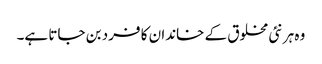
وہ ہر نئی مخلوق کے خاندان کا فرد بن جاتا ہے۔